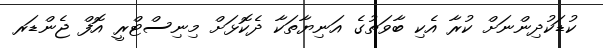
ކުޑަކުދިންނަށް ކުރާ އެކި ބާވަތުގެ އަނިޔާތަކާ ދެކޮޅަށް މިނިސްޓްރީ އޮފް ޖެންޑަރ